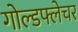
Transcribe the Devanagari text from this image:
गोल्डफ्लेचर